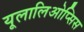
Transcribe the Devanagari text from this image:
यूलालिओप्सिस